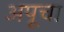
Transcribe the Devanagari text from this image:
अपूचा